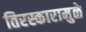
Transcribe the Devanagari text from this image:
तिरस्कारामुळे